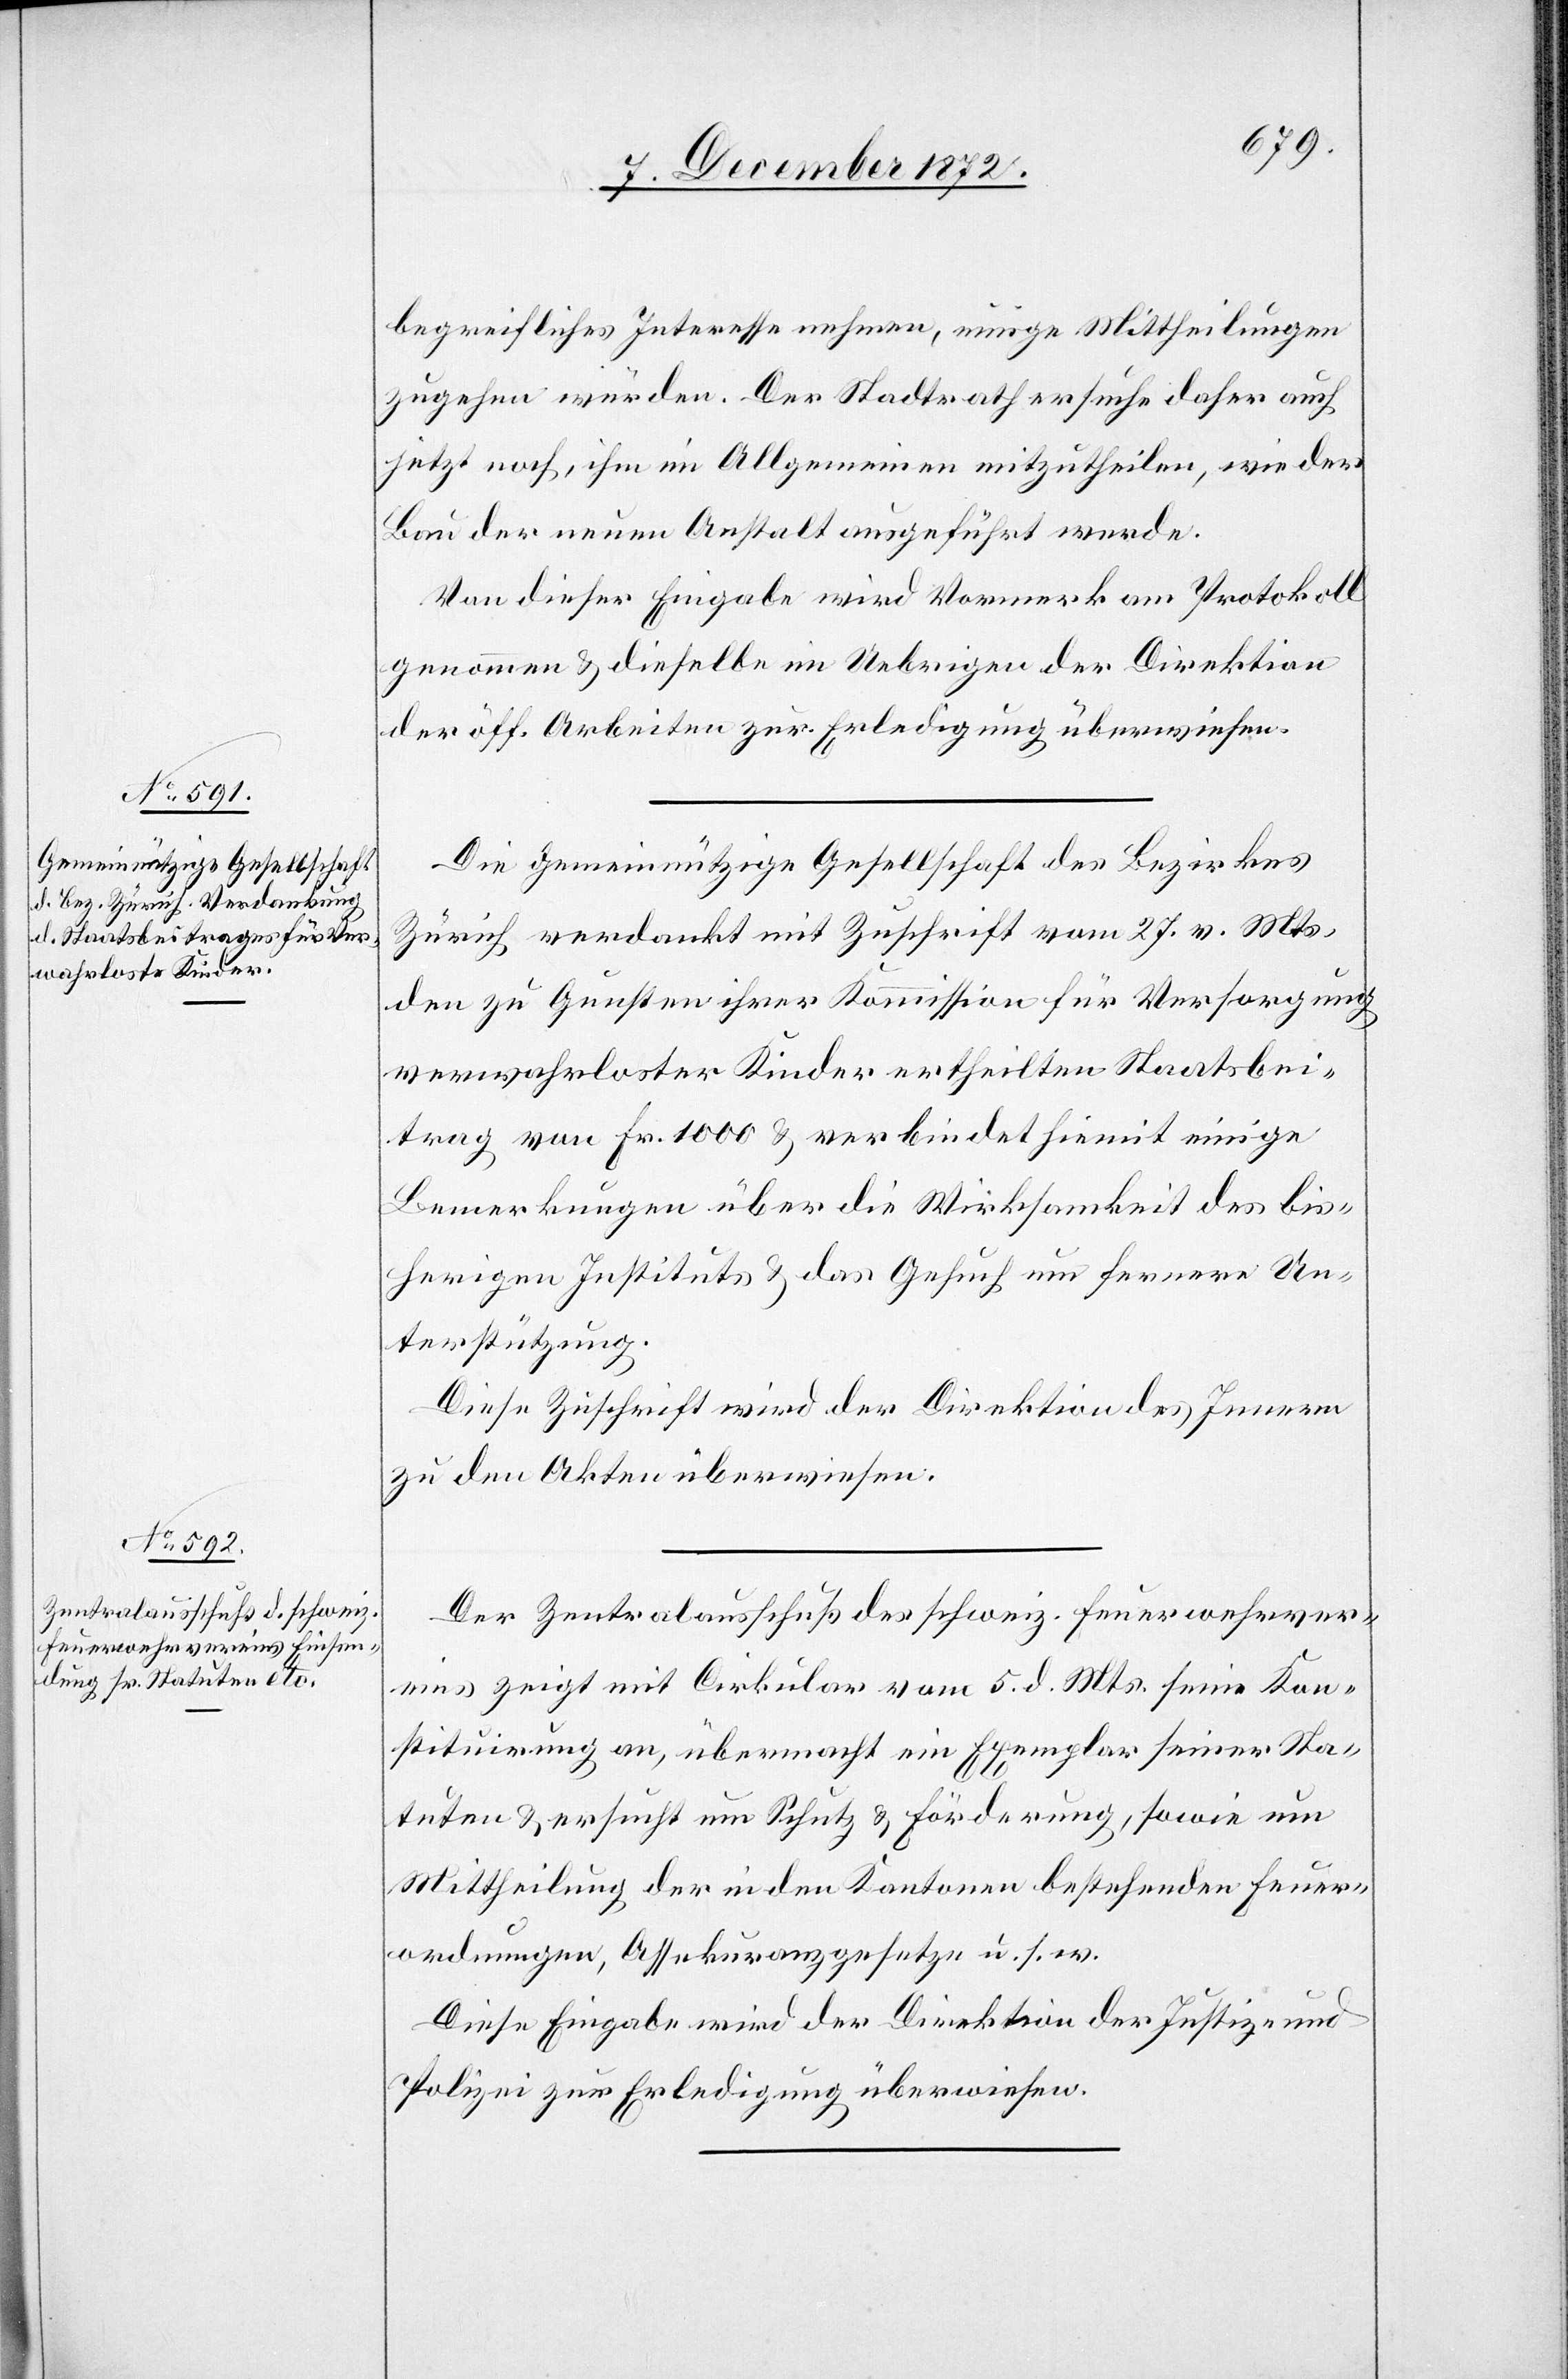
begreifliches Interesse nehmen, einige Mittheilungen
zugehen würden. Der Stadtrath ersuche daher auch
jetzt noch, ihm im Allgemeinen mitzutheilen, wie der
Bau der neuen Anstalt ausgeführt werde.
Von dieser Eingabe wird Vormerk am Protokoll
genommen u. dieselbe im Uebrigen der Direktion
der öff. Arbeiten zur Erledigung überwiesen.
Die Gemeinnützige Gesellschaft des Bezirkes
Zürich verdankt mit Zuschrift vom 27. v. Mts,
den zu Gunsten ihrer Kommission für Versorgung
verwahrloster Kinder ertheilten Staatsbei¬
trag von Fr. 1000 u. verbindet hiemit einige
Bemerkungen über die Wirksamkeit des bis¬
herigen Instituts u. das Gesuch um fernere Un¬
terstützung.
Diese Zuschrift wird der Direktion des Innern
zu den Akten überwiesen.
Der Zentralausschuß des schweiz. Feuerwehrver¬
eins zeigt mit Cirkular vom 5. d. Mts. seine Kon¬
stituirung an, übermacht ein Exemplar seiner Sta¬
tuten u. ersucht um Schutz u. Förderung, sowie um
Mittheilung der in den Kantonen bestehenden Feuer¬
ordnungen, Assekuranzgesetze u. s. w.
Diese Eingabe wird der Direktion der Justiz und
Polizei zur Erledigung überwiesen.